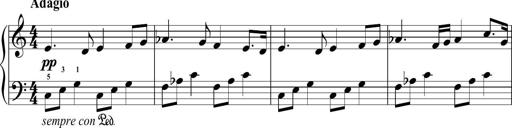
Title: Sonatina No.2 in C
Composer: A. Marando
Key: C major